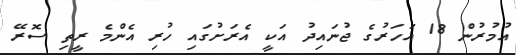
އުމުރުން 18 އަހަރުގެ ޖުނައިދު އަކީ އެރަށުގައި ހުރި އެންމެ ރީތި ސޮރޭ